Document type: Testament
Year: 1300
Scribe: Bonanat d'Esparreguera
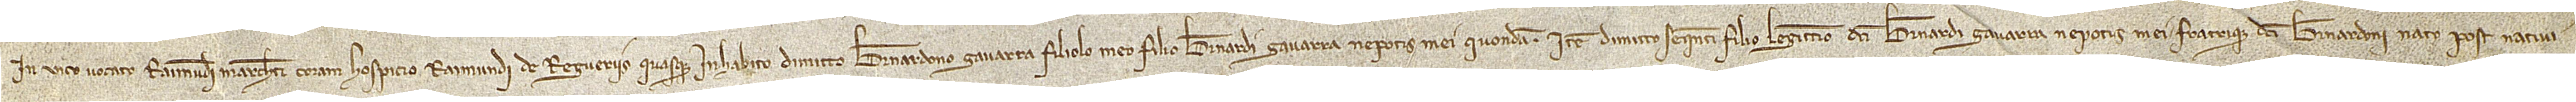
in vico vocato Raimundi Marcheti, coram hospicio Raimundi de Regueriis, quasque inhabito, dimitto Bernardono Gavarra, filiolo meo, filio Bernardi Gavarra, nepotis mei, quondam. Item, dimitto sequenti filio legittimo dicti Bernardi Gavarra, nepotis mei, fratrique dicti Bernardoni, nato post nativi-